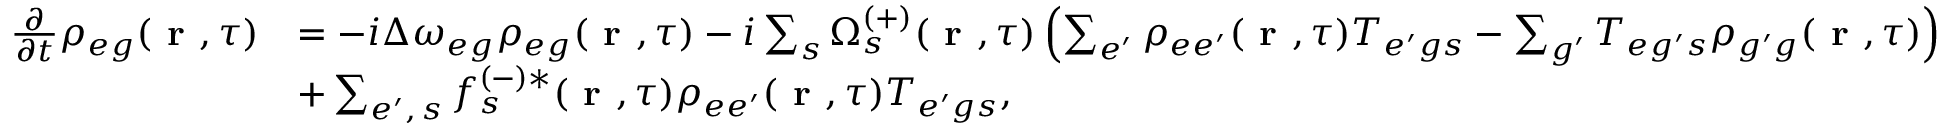
\begin{array} { r l } { \frac { \partial } { \partial t } \rho _ { { e g } } ( \textbf { r } , \tau ) } & { = - i \Delta \omega _ { { e g } } \rho _ { { e g } } ( \textbf { r } , \tau ) - i \sum _ { s } \Omega _ { s } ^ { ( + ) } ( \textbf { r } , \tau ) \left( \sum _ { e ^ { \prime } } \rho _ { { e e ^ { \prime } } } ( \textbf { r } , \tau ) T _ { { e ^ { \prime } g } s } - \sum _ { g ^ { \prime } } T _ { { e g ^ { \prime } } s } \rho _ { { g ^ { \prime } g } } ( \textbf { r } , \tau ) \right) } \\ & { + \sum _ { e ^ { \prime } , \, s } f _ { s } ^ { ( - ) * } ( \textbf { r } , \tau ) \rho _ { { e e ^ { \prime } } } ( \textbf { r } , \tau ) T _ { { e ^ { \prime } g } s } , } \end{array}